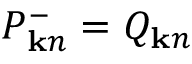
P _ { { \bf k } n } ^ { - } = Q _ { { \bf k } n }